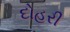
દોહરી